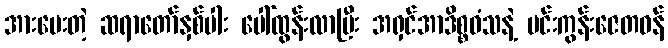
အားပေးတဲ့ ဆရာတော်နှစ်ပါး ပေါ်ထွန်းလာပြီး အရှင်အာဒိစ္စဝံသနဲ့ မင်းကွန်းဇေတဝန်